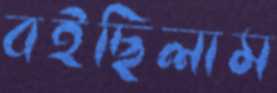
বইছিলাম